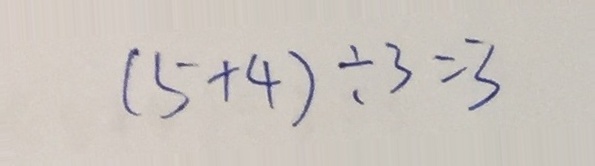
( 5 + 4 ) \div 3 = 3